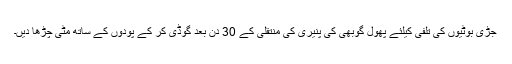
جڑی بوٹیوں کی تلفی کیلئے پھول گوبھی کی پنیری کی منتقلی کے 30 دن بعد گوڈی کر کے پودوں کے ساتھ مٹی چڑھا دیں۔